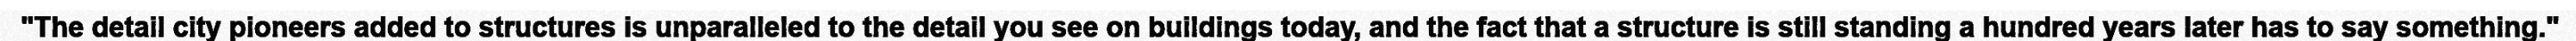
"The detail city pioneers added to structures is unparalleled to the detail you see on buildings today, and the fact that a structure is still standing a hundred years later has to say something."